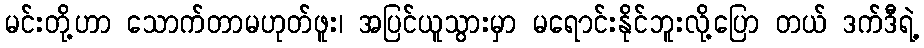
မင်းတို့ဟာ သောက်တာမဟုတ်ဖူး၊ အပြင်ယူသွားမှာ မရောင်းနိုင်ဘူးလို့ပြော တယ် ဒက်ဒီရဲ့